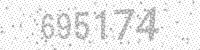
Solution: 695174